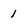
Character: l